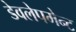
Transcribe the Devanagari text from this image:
डेवलेपमेन्ट